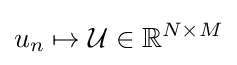
u_{n}\mapsto {\mathcal {U}}\in \mathbb {R} ^{N\times M}